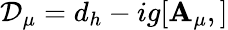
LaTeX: {\cal{D}}_{\mu}=d_{h}-ig[\mathbf{A}_{\mu},]